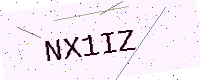
Text: NX1IZ